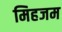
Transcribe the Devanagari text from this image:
मिहजम